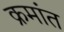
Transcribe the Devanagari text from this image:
क्रमांत